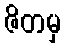
ဇိတမှ